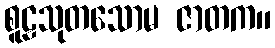
စူဠသုတသောမ ဇာတက။